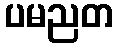
ပမညတ